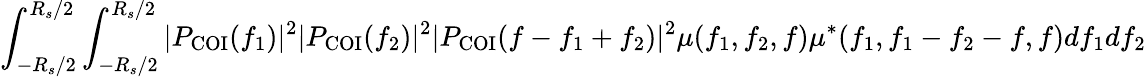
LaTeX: \int_{-R_{s}/2}^{R_{s}/2}\int_{-R_{s}/2}^{R_{s}/2}|P_{\mathrm{COI}}(f_{1})|^{2}|P_{\mathrm{COI}}(f_{2})|^{2}|P_{\mathrm{COI}}(f-f_{1}+f_{2})|^{2}\mu(f_{1},f_{2},f)\mu^{*}(f_{1},f_{1}-f_{2}-f,f)df_{1}df_{2}